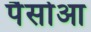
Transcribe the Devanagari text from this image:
पैसोआ